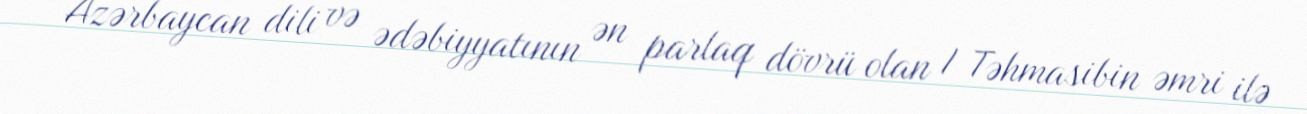
Azərbaycan dili və ədəbiyyatının ən parlaq dövrü olan I Təhmasibin əmri ilə